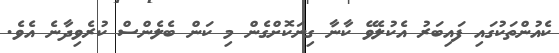
ކެއުންތަކުގައި ފައިބަރު އެކުލެވޭ ކާނާ ގިނަކޮށްގެން މި ކަން ބެލެންސް ކުރެވިދާނެ އެވެ.